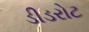
ડીડરોટ